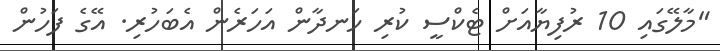
"މާލޭގައި 10 ރުފިޔާއަށް ޓެކްސީ ކުރި ހަނދާން އަހަރެން އެބަހުރި. އޭގެ ފަހުން